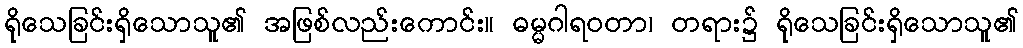
ရိုသေခြင်းရှိသောသူ၏ အဖြစ်လည်းကောင်း။ ဓမ္မဂါရဝတာ၊ တရား၌ ရိုသေခြင်းရှိသောသူ၏